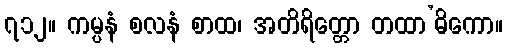
၇၁၂။ ကမ္ပနံ စလနံ စာထ၊ အတိရိတ္တော တထာ’ဓိကော။